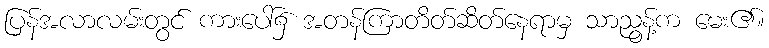
ပြန်အလာလမ်းတွင် ကားပေါ်၌ အတန်ကြာတိတ်ဆိတ်နေရာမှ သာညွန့်က မေး၏။